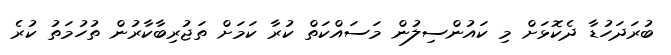
ބުރަދަހުޑާ ދެކޮޅަށް މި ކައުންސިލުން މަސައްކަތް ކުރާ ކަމަށް ތަޖުރިބާކާރުން ތުހުމަތު ކުރެ